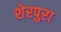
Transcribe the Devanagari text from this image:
शेरपुरा